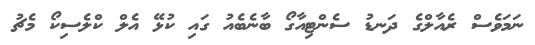
ނަމަވެސް ރެއާލްގެ ދަނޑު ސެންޓިއާގޯ ބާނެބެއު ގައި ކުޅޭ އެލް ކްލެސިކޯ މެޗު